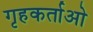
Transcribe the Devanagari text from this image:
गृहकर्ताओ